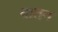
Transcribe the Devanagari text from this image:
यातन